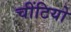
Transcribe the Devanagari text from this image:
चींटियो